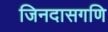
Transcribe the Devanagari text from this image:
जिनदासगणि